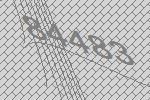
84483